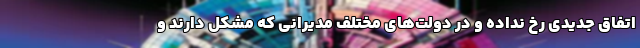
اتفاق جدیدی رخ نداده و‌ در دولت‌های مختلف مدیرانی که مشکل دارند و‌